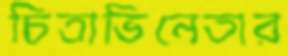
চিত্রাভিনেতার